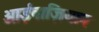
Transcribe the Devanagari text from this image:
आईवाज़ियान